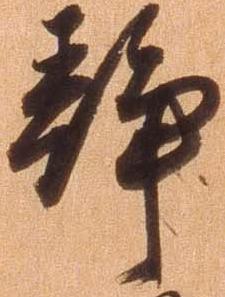
静